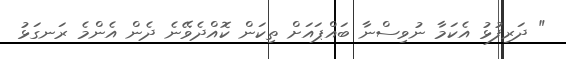
" ދަރިފުޅު އެކަމާ ނުވިސްނާ ބައްޕައަށް ތިކަން ކޮއްދެވޭނެ ދެން އެންމެ ރަނގަޅު